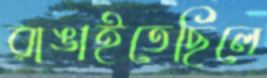
রাঙাইতেছিলে